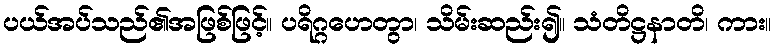
ပယ်အပ်သည်၏အဖြစ်ဖြင့်။ ပရိဂ္ဂဟေတွာ၊ သိမ်းဆည်း၍။ သံတိဋ္ဌနာတိ၊ ကား။